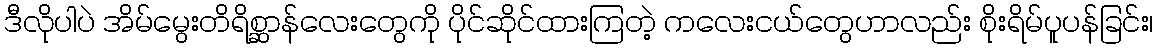
ဒီလိုပါပဲ အိမ်မွေးတိရိစ္ဆာန်လေးတွေကို ပိုင်ဆိုင်ထားကြတဲ့ ကလေးငယ်တွေဟာလည်း စိုးရိမ်ပူပန်ခြင်း၊